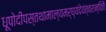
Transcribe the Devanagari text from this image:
धूपोदीपस्तथामाल्यमर्घ्यंदेयंत्वरान्वितैः